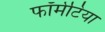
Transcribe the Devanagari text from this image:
फॉर्मेटिया